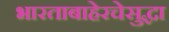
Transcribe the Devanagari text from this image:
भारताबाहेरचेसुद्धा